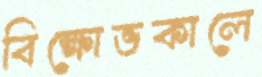
বিক্ষোভকালে